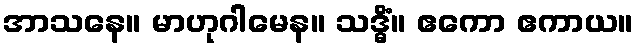
အာသနေ။ မာဟုဂါမေန။ သဒ္ဓိံ။ ဧကော ဧကာယ။